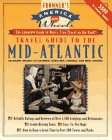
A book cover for Mid-Atlantic/Delaware, District of Columbia, Maryland, Virginia, and West Virginia (Frommer's America on Wheels); David Prebenna; Travel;